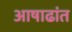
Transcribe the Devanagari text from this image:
आषाढांत